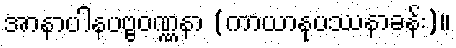
အာနာပါနပဗ္ဗဝဏ္ဏနာ (ကာယာနုပဿနာခန်း)။